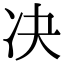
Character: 决